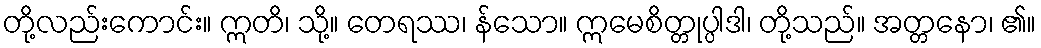
တို့လည်းကောင်း။ ဣတိ၊ သို့။ တေရဿ၊ န်သော။ ဣမေစိတ္တုပ္ပါဒါ၊ တို့သည်။ အတ္တနော၊ ၏။